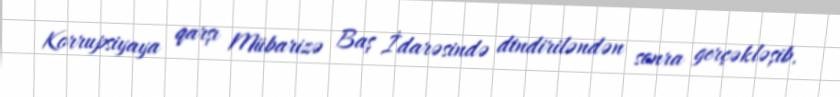
Korrupsiyaya qarşı Mübarizə Baş İdarəsində dindiriləndən sonra gerçəkləşib.